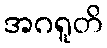
အဂရူတိ